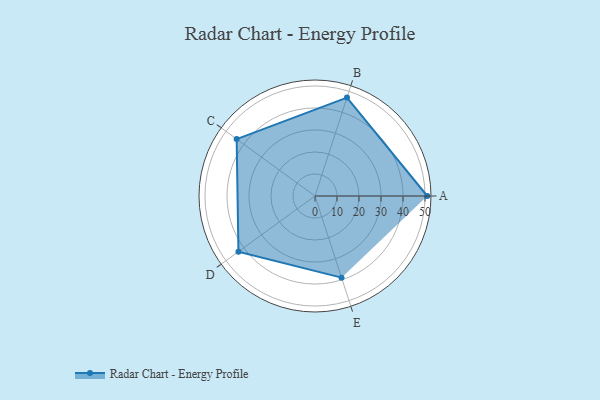
{"axis": {"x": "Skill", "y": "Score"}, "legend": ["Profile"], "data": [{"x": "A", "y": 51.0, "type": "Profile"}, {"x": "B", "y": 47.0, "type": "Profile"}, {"x": "C", "y": 44.0, "type": "Profile"}, {"x": "D", "y": 43.0, "type": "Profile"}, {"x": "E", "y": 39.0, "type": "Profile"}]}